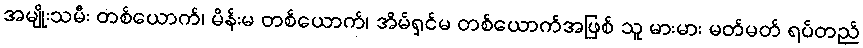
အမျိုးသမီး တစ်ယောက်၊ မိန်းမ တစ်ယောက်၊ အိမ်ရှင်မ တစ်ယောက်အဖြစ် သူ မားမား မတ်မတ် ရပ်တည်